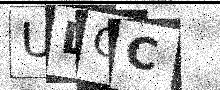
Text: ULGC